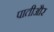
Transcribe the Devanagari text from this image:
पातीऔर